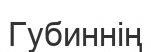
Губиннің